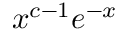
{ x ^ { c - 1 } } e ^ { - x }